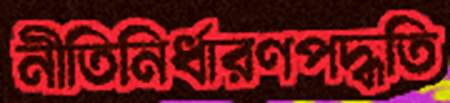
নীতিনির্ধারণপদ্ধতি